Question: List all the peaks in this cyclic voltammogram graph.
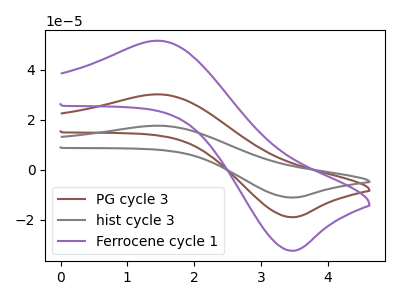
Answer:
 <answer>The brown curve "PG cycle 3" has an anodic peak at (1.45V, 30.20uA) and a cathodic peak at (3.50V, -18.90uA). The gray curve "hist cycle 3" has an anodic peak at (1.45V, 60.40uA) and a cathodic peak at (3.50V, -37.80uA). The purple curve "Ferrocene cycle 1" has an anodic peak at (1.45V, 51.65uA) and a cathodic peak at (3.50V, -32.35uA).</answer>
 <eval></eval>